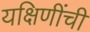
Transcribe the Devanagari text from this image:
यक्षिणींची